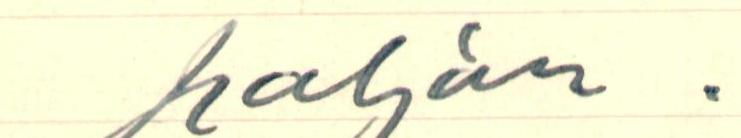
paljon.